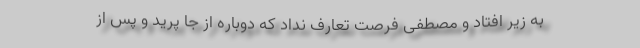
به زیر افتاد و مصطفی فرصت تعارف نداد که دوباره از جا پرید و پس از